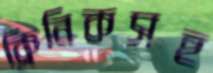
ক্লিনিকসহ